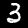
Label: 3